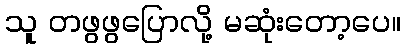
သူ တဖွဖွပြောလို့ မဆုံးတော့ပေ။